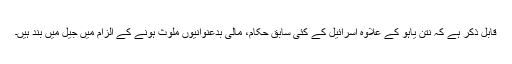
قابل ذکر ہے کہ نتن یاہو کے علاوہ اسرائیل کے کئی سابق حکام، مالی بدعنوانیوں ملوث ہونے کے الزام میں جیل میں بند ہیں۔